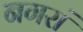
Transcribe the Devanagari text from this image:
नगरां